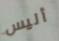
أليس